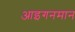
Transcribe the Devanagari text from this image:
आइगनमान